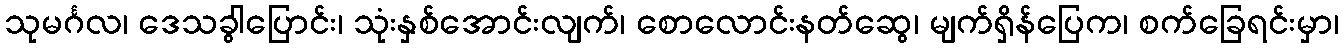
သုမင်္ဂလ၊ ဒေသခွါပြောင်း၊ သုံးနှစ်အောင်းလျက်၊ စောလောင်းနတ်ဆွေ၊ မျက်ရှိန်ပြေက၊ စက်ခြေရင်းမှာ၊